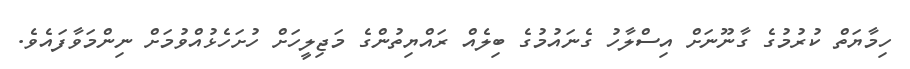
ހިމާޔަތް ކުރުމުގެ ގާނޫނަށް އިސްލާހު ގެނައުމުގެ ބިލެއް ރައްޔިތުންގެ މަޖިލީހަށް ހުށަހެޅުއްވުމަށް ނިންމަވާފައެވެ.